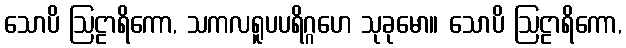
သောပိ ဩဠာရိကော, သကလရူပပရိဂ္ဂဟေ သုခုမော။ သောပိ ဩဠာရိကော,